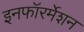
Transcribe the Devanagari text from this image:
इनफॉरर्मेशन